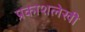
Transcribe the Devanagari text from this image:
प्रकाशलेखी